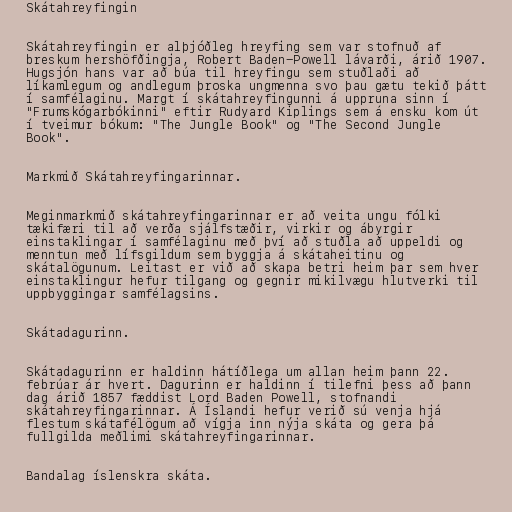
Skátahreyfingin

Skátahreyfingin er alþjóðleg hreyfing sem var stofnuð af
breskum hershöfðingja, Robert Baden-Powell lávarði, árið 1907.
Hugsjón hans var að búa til hreyfingu sem stuðlaði að
líkamlegum og andlegum þroska ungmenna svo þau gætu tekið þátt
í samfélaginu. Margt í skátahreyfingunni á uppruna sinn í
"Frumskógarbókinni" eftir Rudyard Kiplings sem á ensku kom út
í tveimur bókum: "The Jungle Book" og "The Second Jungle
Book".

Markmið Skátahreyfingarinnar.

Meginmarkmið skátahreyfingarinnar er að veita ungu fólki
tækifæri til að verða sjálfstæðir, virkir og ábyrgir
einstaklingar í samfélaginu með því að stuðla að uppeldi og
menntun með lífsgildum sem byggja á skátaheitinu og
skátalögunum. Leitast er við að skapa betri heim þar sem hver
einstaklingur hefur tilgang og gegnir mikilvægu hlutverki til
uppbyggingar samfélagsins.

Skátadagurinn.

Skátadagurinn er haldinn hátíðlega um allan heim þann 22.
febrúar ár hvert. Dagurinn er haldinn í tilefni þess að þann
dag árið 1857 fæddist Lord Baden Powell, stofnandi
skátahreyfingarinnar. Á Íslandi hefur verið sú venja hjá
flestum skátafélögum að vígja inn nýja skáta og gera þá
fullgilda meðlimi skátahreyfingarinnar.

Bandalag íslenskra skáta.